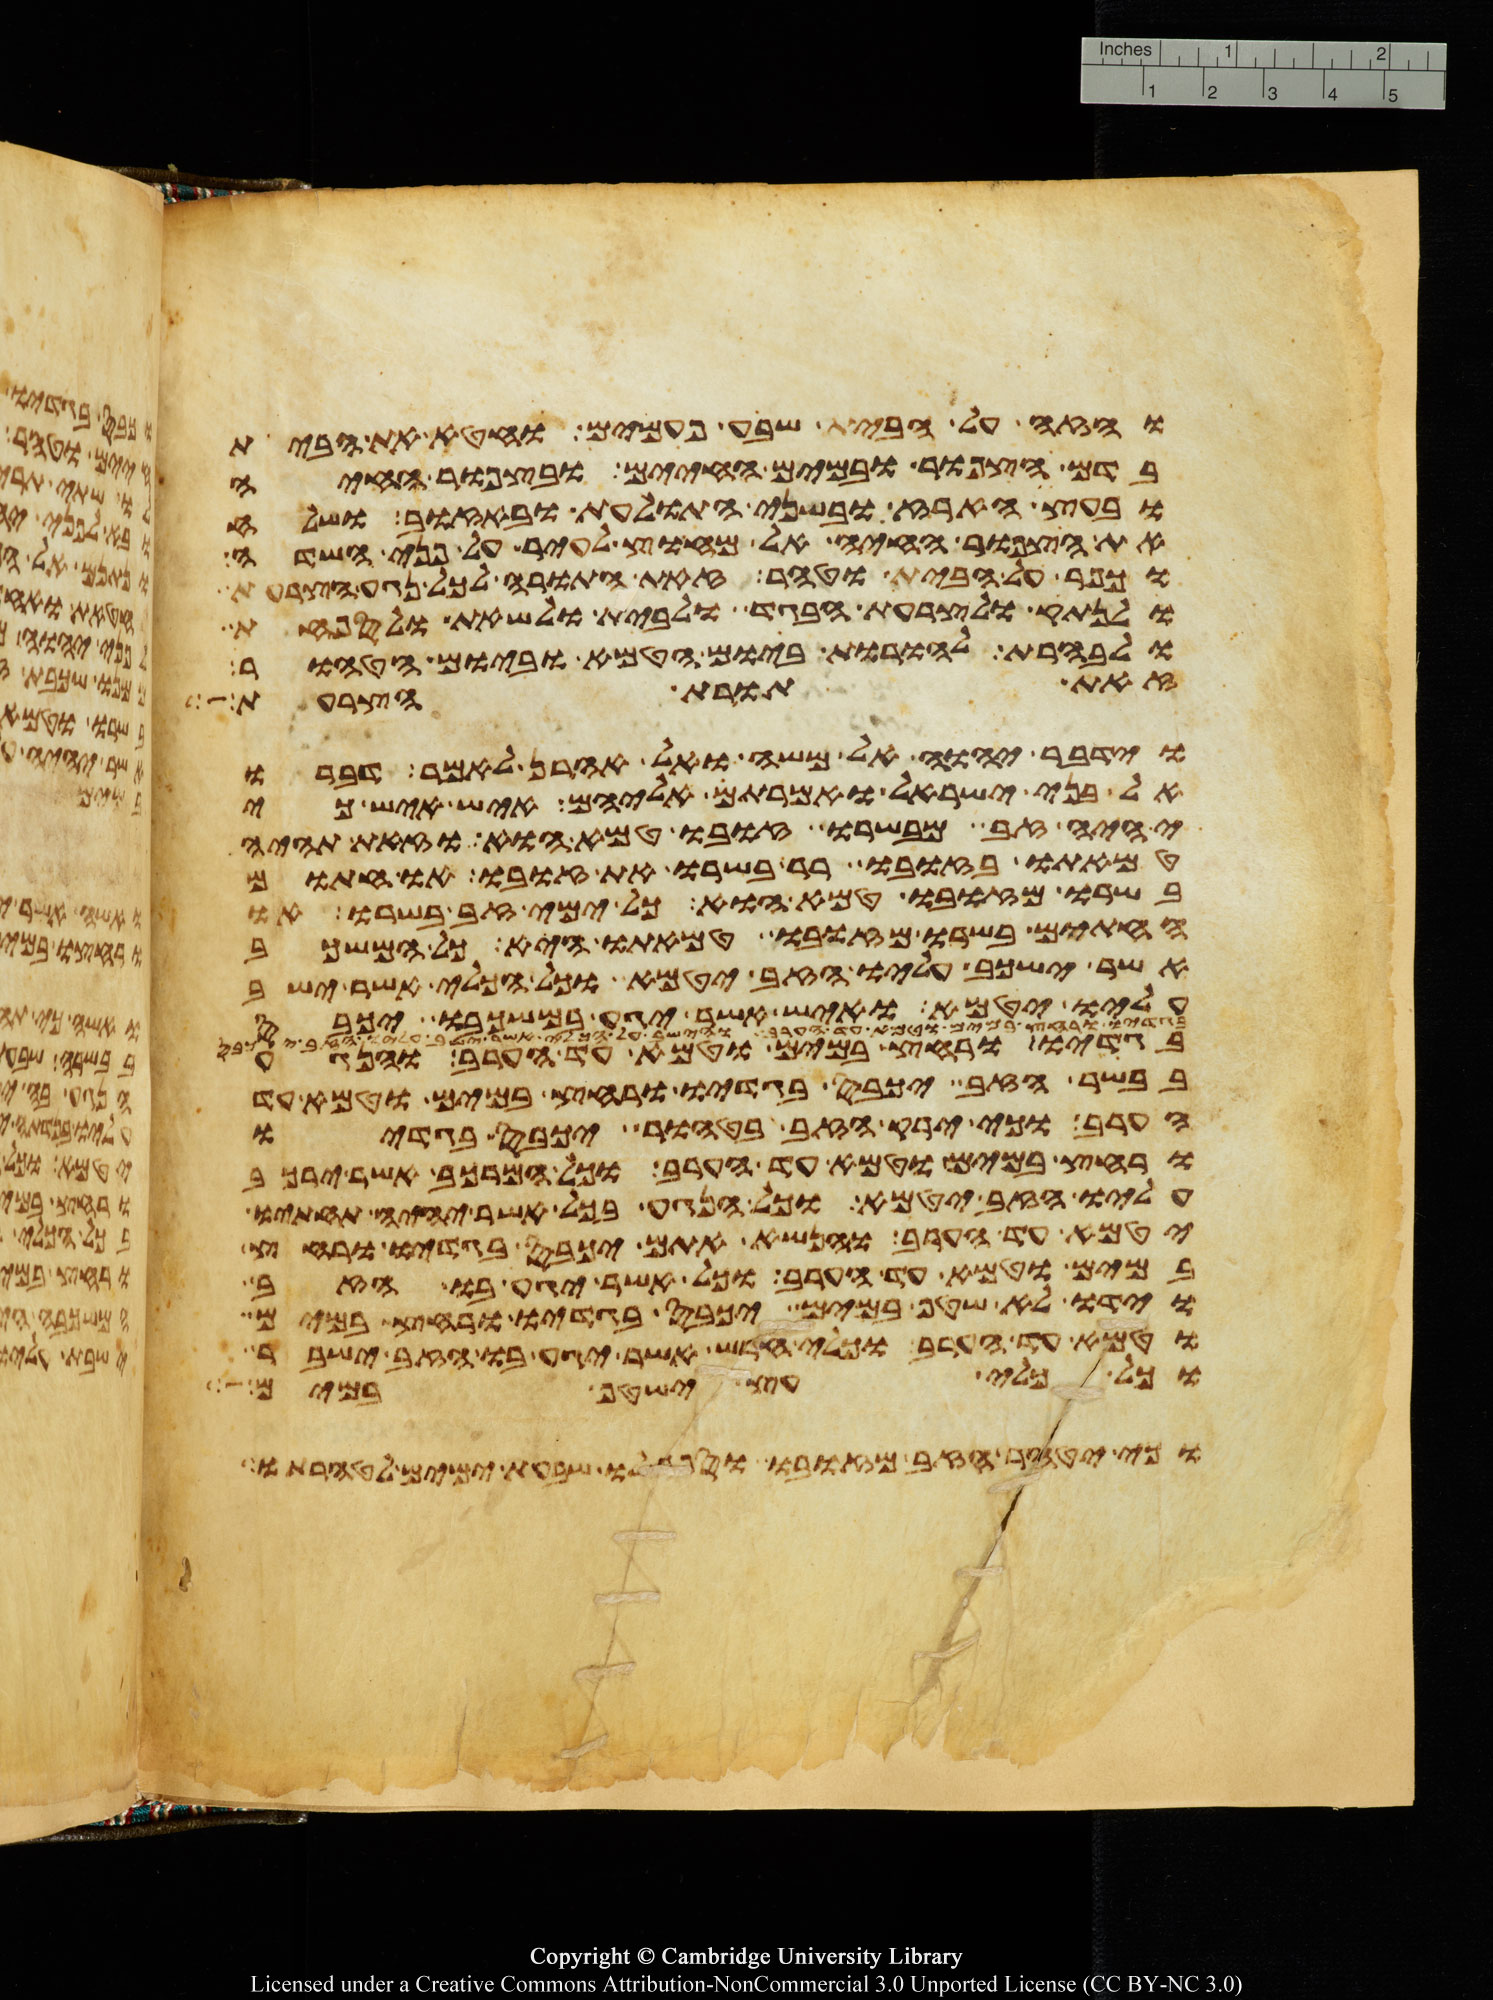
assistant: והזה על הבית שבע פעמים וחטא את הבית
בדם הצפור ובמים החיים ובצפור החיה
ובעץ הארז ובשני התולעת ובאזוב ושלח
את הצפור החיה אל מחוץ לעיר על פני השדה
וכפר על הבית וטהר זאת התורה לכל נגע הצרעת
ולנתק ולצרעת הבגד ולבית ולשאת ולספחת
ולבהרת להורות ביום הטמא וביום הטהור
זאת תורת הצרעת
וידבר יהוה אל משה ואל אהרן לאמר דברו
אל בני ישראל ואמרתם אליהם איש איש כי
יהיה זב מבשרו זובו טמא הוא וזאת תהיה
טמאתו בזובו רר בשרו את זובו או חתום
בשרו מזובו טמא הוא כל ימי זב בשרו או
החתים בשרו מזובו טמאתו היא כל המשכב
אשר ישכב עליו הזב יטמא וכל הכלי אשר ישב
עליו יטמא ואיש אשר יגע במשכבו יכבס
בגדיו ורחץ במים וטמא עד הערב והנגע
בבשר הזב יכבס בגדיו ורחץ במים וטמא עד
הערב וכי ירק הזב בטהור יכבס בגדיו
ורחץ במים וטמא עד הערב וכל המרכב אשר ירכב
עליו הזב יטמא וכל הנגע בכל אשר יהיה תחתיו
יטמא עד הערב והנושא אתם יכבס בגדיו ורחץ
במים וטמא עד הערב וכל אשר יגע בו הזב
וידו לא שטף במים יכבס בגדיו ורחץ במים
וטמא עד הערב וכלי חרש אשר יגע בו הזב ישבר
וכל כלי עץ ישטף במים
וכי יטהר הזב מזובו וספר לו שבעת ימים לטהרתו